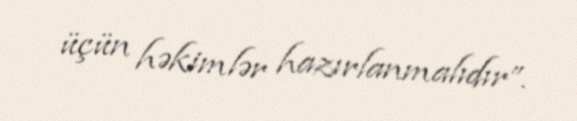
üçün həkimlər hazırlanmalıdır”.